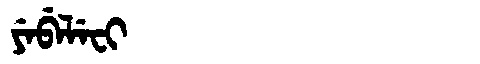
Manchu: ᠶᡝᠪᡝᠯᡝᠸᡳ
Romanization: YEBELEFI